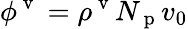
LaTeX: \phi^{\mathrm{~v~}}=\rho^{\mathrm{~v~}}N_{\mathrm{~p~}}v_{0}